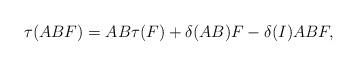
LaTeX: \begin{align*} \tau ( AB F) = AB \tau (F) + \delta ( AB) F - \delta (I) AB F ,\end{align*}